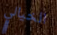
الخيالي